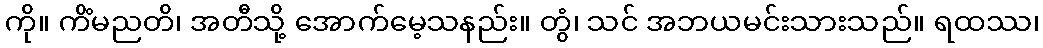
ကို။ ကိံမညတိ၊ အတီသို့ အောက်မေ့သနည်း။ တွံ၊ သင် အဘယမင်းသားသည်။ ရထဿ၊